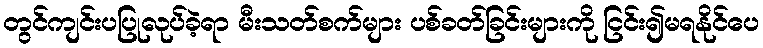
တွင်ကျင်းပပြုလုပ်ခဲ့ရာ မီးသတ်စက်များ ပစ်ခတ်ခြင်းများကို ငြင်း၍မရနိုင်ပေ